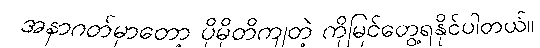
အနာဂတ်မှာတော့ ပိုမိုတိကျတဲ့ ကိုမြင်တွေ့ရနိုင်ပါတယ်။